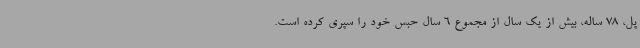
پل، 78 ساله، بیش از یک سال از مجموع 6 سال حبس خود را سپری کرده است.